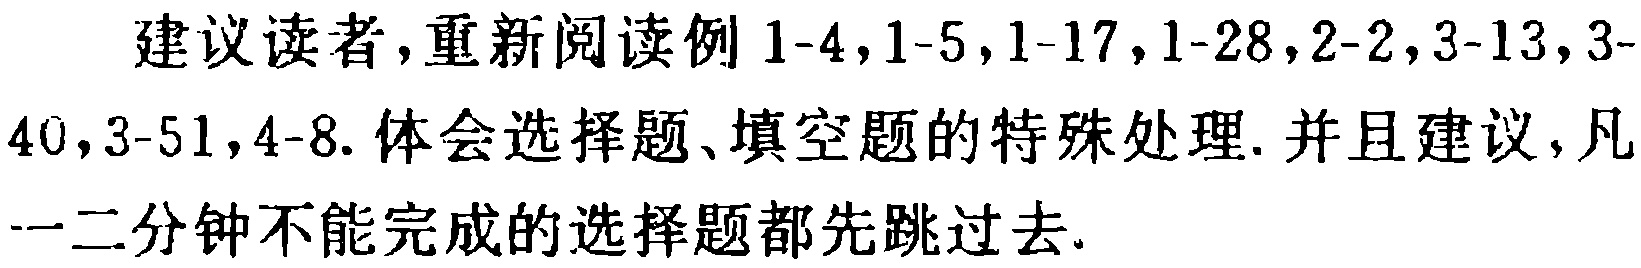
建议读者,重新阅读例 1-4,1-5,1-17,1-28,2-2,3-13,3-40,3-51,4-8. 体会选择题、填空题的特殊处理. 并且建议,凡一二分钟不能完成的选择题都先跳过去.